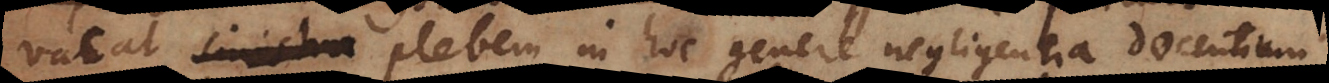
vacat sinistra plebem in hoc genere negligentia docentium